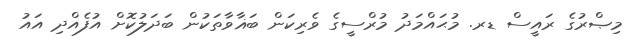
މިޞްރުގެ ރައީސް ޑރ. މުޙައްމަދު މުރްސީގެ ވެރިކަން ބަޣާވާތަކުން ބަދަލުކޮށް އުފެއްދި އައު